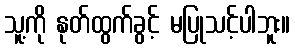
သူ့ကို နုတ်ထွက်ခွင့် မပြုသင့်ပါဘူး။